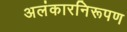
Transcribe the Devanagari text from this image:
अलंकारनिरूपण